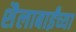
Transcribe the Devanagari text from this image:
शैलाबाईंच्या